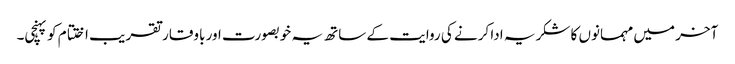
آخر میں مہمانوں کا شکریہ ادا کرنے کی روایت کے ساتھ یہ خوبصورت اور باوقار تقر یب اختتام کو پہنچی۔